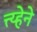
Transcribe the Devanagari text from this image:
त्त्य्हेने